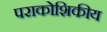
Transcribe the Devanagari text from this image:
पराकोशिकीय